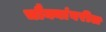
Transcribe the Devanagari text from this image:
चौक्यांवरील